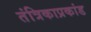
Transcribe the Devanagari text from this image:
तंत्रिकाप्रकांड